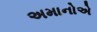
અમાનોએ